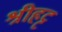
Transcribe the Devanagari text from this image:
श्रीहट्ट